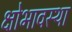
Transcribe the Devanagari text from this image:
क्षोभावस्था